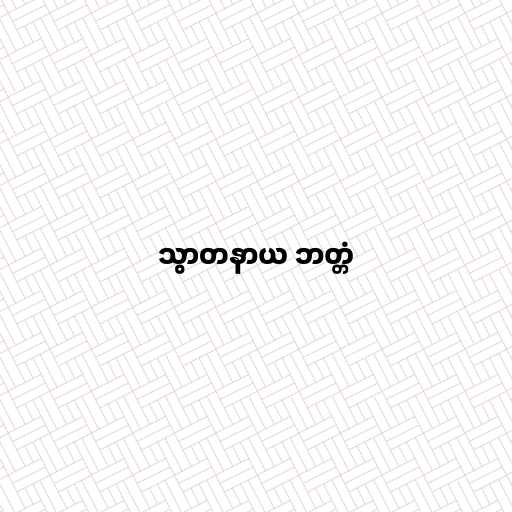
သွာတနာယ ဘတ္တံ